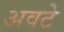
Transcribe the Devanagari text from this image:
अवटे